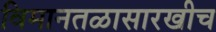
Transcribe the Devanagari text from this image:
विमानतळासारखीच